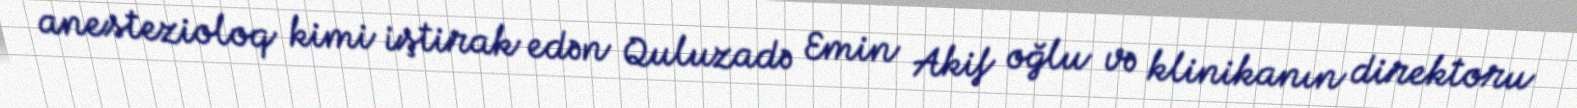
anestezioloq kimi iştirak edən Quluzadə Emin Akif oğlu və klinikanın direktoru